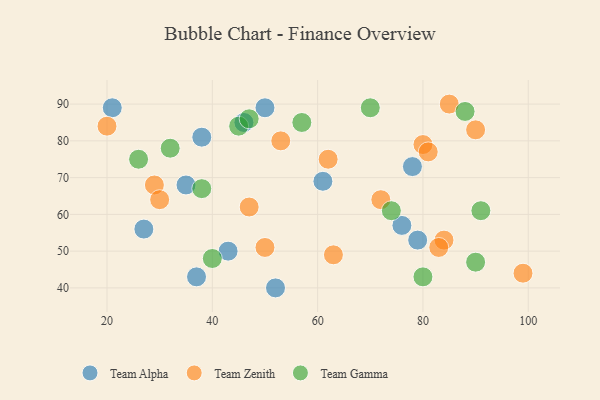
{"axis": {"x": "GDP", "y": "Life Expectancy"}, "legend": ["Team Alpha", "Team Gamma", "Team Zenith"], "data": [{"x": "43", "y": 50, "type": "Team Alpha"}, {"x": "21", "y": 89, "type": "Team Alpha"}, {"x": "46", "y": 85, "type": "Team Alpha"}, {"x": "52", "y": 40, "type": "Team Alpha"}, {"x": "61", "y": 69, "type": "Team Alpha"}, {"x": "38", "y": 81, "type": "Team Alpha"}, {"x": "76", "y": 57, "type": "Team Alpha"}, {"x": "27", "y": 56, "type": "Team Alpha"}, {"x": "78", "y": 73, "type": "Team Alpha"}, {"x": "37", "y": 43, "type": "Team Alpha"}, {"x": "50", "y": 89, "type": "Team Alpha"}, {"x": "35", "y": 68, "type": "Team Alpha"}, {"x": "79", "y": 53, "type": "Team Alpha"}, {"x": "90", "y": 83, "type": "Team Zenith"}, {"x": "72", "y": 64, "type": "Team Zenith"}, {"x": "53", "y": 80, "type": "Team Zenith"}, {"x": "63", "y": 49, "type": "Team Zenith"}, {"x": "47", "y": 62, "type": "Team Zenith"}, {"x": "80", "y": 79, "type": "Team Zenith"}, {"x": "81", "y": 77, "type": "Team Zenith"}, {"x": "20", "y": 84, "type": "Team Zenith"}, {"x": "29", "y": 68, "type": "Team Zenith"}, {"x": "84", "y": 53, "type": "Team Zenith"}, {"x": "85", "y": 90, "type": "Team Zenith"}, {"x": "50", "y": 51, "type": "Team Zenith"}, {"x": "83", "y": 51, "type": "Team Zenith"}, {"x": "62", "y": 75, "type": "Team Zenith"}, {"x": "99", "y": 44, "type": "Team Zenith"}, {"x": "30", "y": 64, "type": "Team Zenith"}, {"x": "90", "y": 47, "type": "Team Gamma"}, {"x": "26", "y": 75, "type": "Team Gamma"}, {"x": "80", "y": 43, "type": "Team Gamma"}, {"x": "40", "y": 48, "type": "Team Gamma"}, {"x": "88", "y": 88, "type": "Team Gamma"}, {"x": "74", "y": 61, "type": "Team Gamma"}, {"x": "70", "y": 89, "type": "Team Gamma"}, {"x": "45", "y": 84, "type": "Team Gamma"}, {"x": "47", "y": 86, "type": "Team Gamma"}, {"x": "32", "y": 78, "type": "Team Gamma"}, {"x": "91", "y": 61, "type": "Team Gamma"}, {"x": "38", "y": 67, "type": "Team Gamma"}, {"x": "57", "y": 85, "type": "Team Gamma"}]}